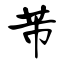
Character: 芾